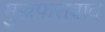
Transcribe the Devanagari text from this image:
मुज्जफ़राबाद